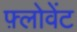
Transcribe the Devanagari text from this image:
फ़्लोवेंट